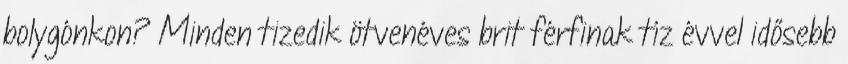
bolygónkon? Minden tizedik ötvenéves brit férfinak tíz évvel idősebb